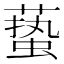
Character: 𱾞